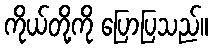
ကိုယ်တို့ကို ပြောပြသည်။